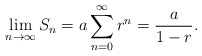
\begin{align*}\lim_{n\rightarrow\infty}S_n=a\sum_{n=0}^{\infty}r^n= \frac{a}{1-r}.\end{align*}